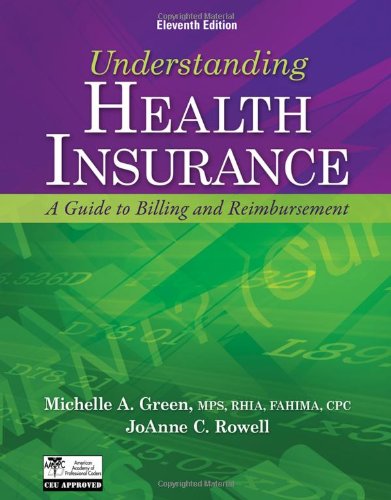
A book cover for Understanding Health Insurance: A Guide to Billing and Reimbursement (with Premium Website Printed Access Card and Cengage EncoderPro.com Demo Printed ... (Flexible Solutions - Your Key to Success); Michelle A. Green; Medical Books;